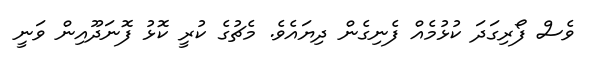
ވެސް ފޯރިގަދަ ކުޅުމެއް ފެނިގެން ދިޔައެވެ. މެޗުގެ ކުރީ ކޮޅު ފޮނަދޫއިން ވަނީ